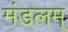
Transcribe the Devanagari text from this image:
मंडलम्‌